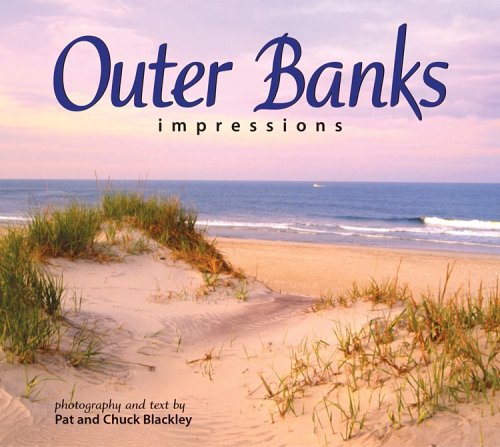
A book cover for Outer Banks Impressions; photography by Chuck Blackley; Travel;